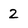
Character: 2